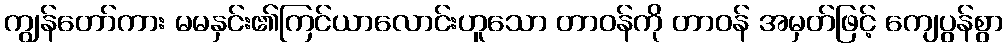
ကျွန်တော်ကား မမနှင်း၏ကြင်ယာလောင်းဟူသော တာဝန်ကို တာဝန် အမှတ်ဖြင့် ကျေပွန်စွာ